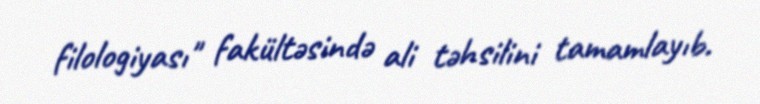
filologiyası" fakültəsində ali təhsilini tamamlayıb.